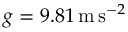
g = 9 . 8 1 \, \mathrm { m } \, \mathrm { s } ^ { - 2 }